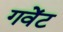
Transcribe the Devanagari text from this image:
गवेंट